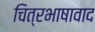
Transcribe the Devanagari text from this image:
चित्रभाषावाद